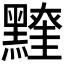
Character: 𪒖